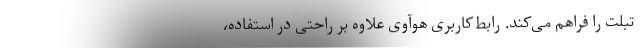
تبلت را فراهم می‌کند. رابط‌کاربری هوآوی علاوه بر راحتی در استفاده،